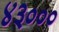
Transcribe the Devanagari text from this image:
४३०००